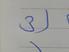
Signature authenticity: genuine